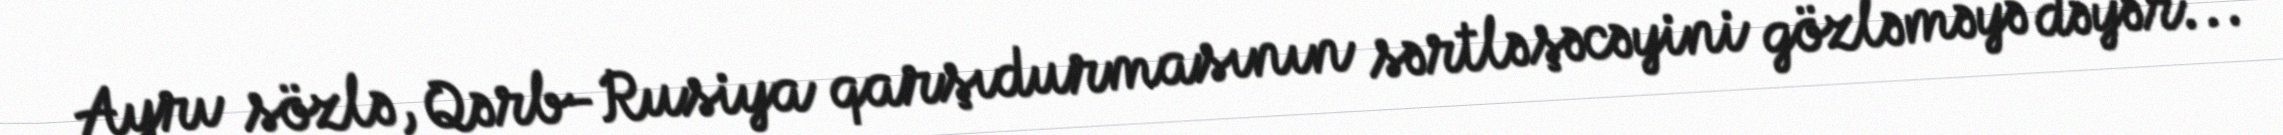
Ayrı sözlə, Qərb-Rusiya qarşıdurmasının sərtləşəcəyini gözləməyə dəyər...